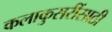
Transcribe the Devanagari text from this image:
कलाकुसरींसाठी